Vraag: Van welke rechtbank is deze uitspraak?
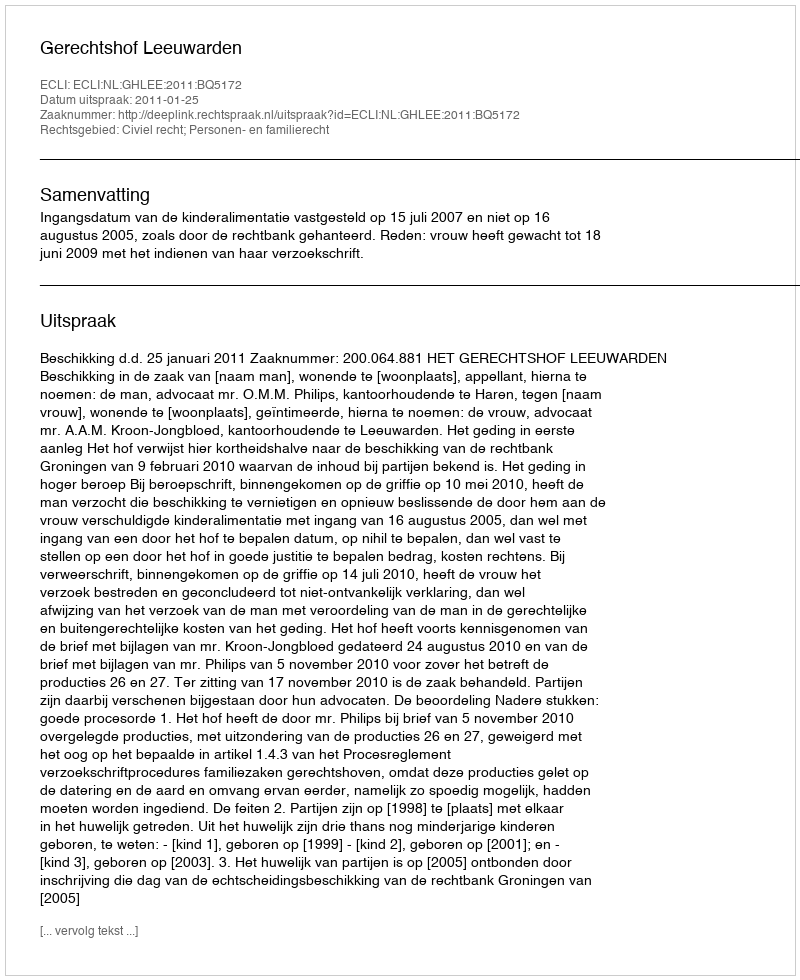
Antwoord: Gerechtshof Leeuwarden